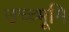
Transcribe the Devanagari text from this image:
उच्च्भूमि